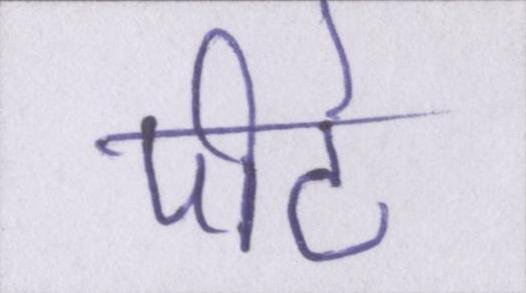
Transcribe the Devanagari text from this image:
पीटे